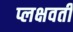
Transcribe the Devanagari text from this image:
प्लक्षवती